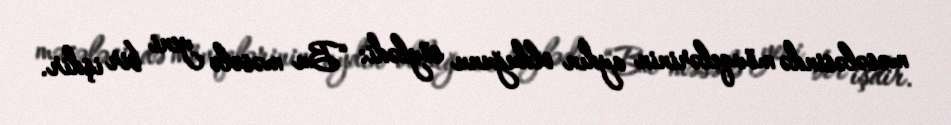
məsələsində mövqelərinin aydın olduğunu söylədi: “Bu məsələ yeni bir işdir.